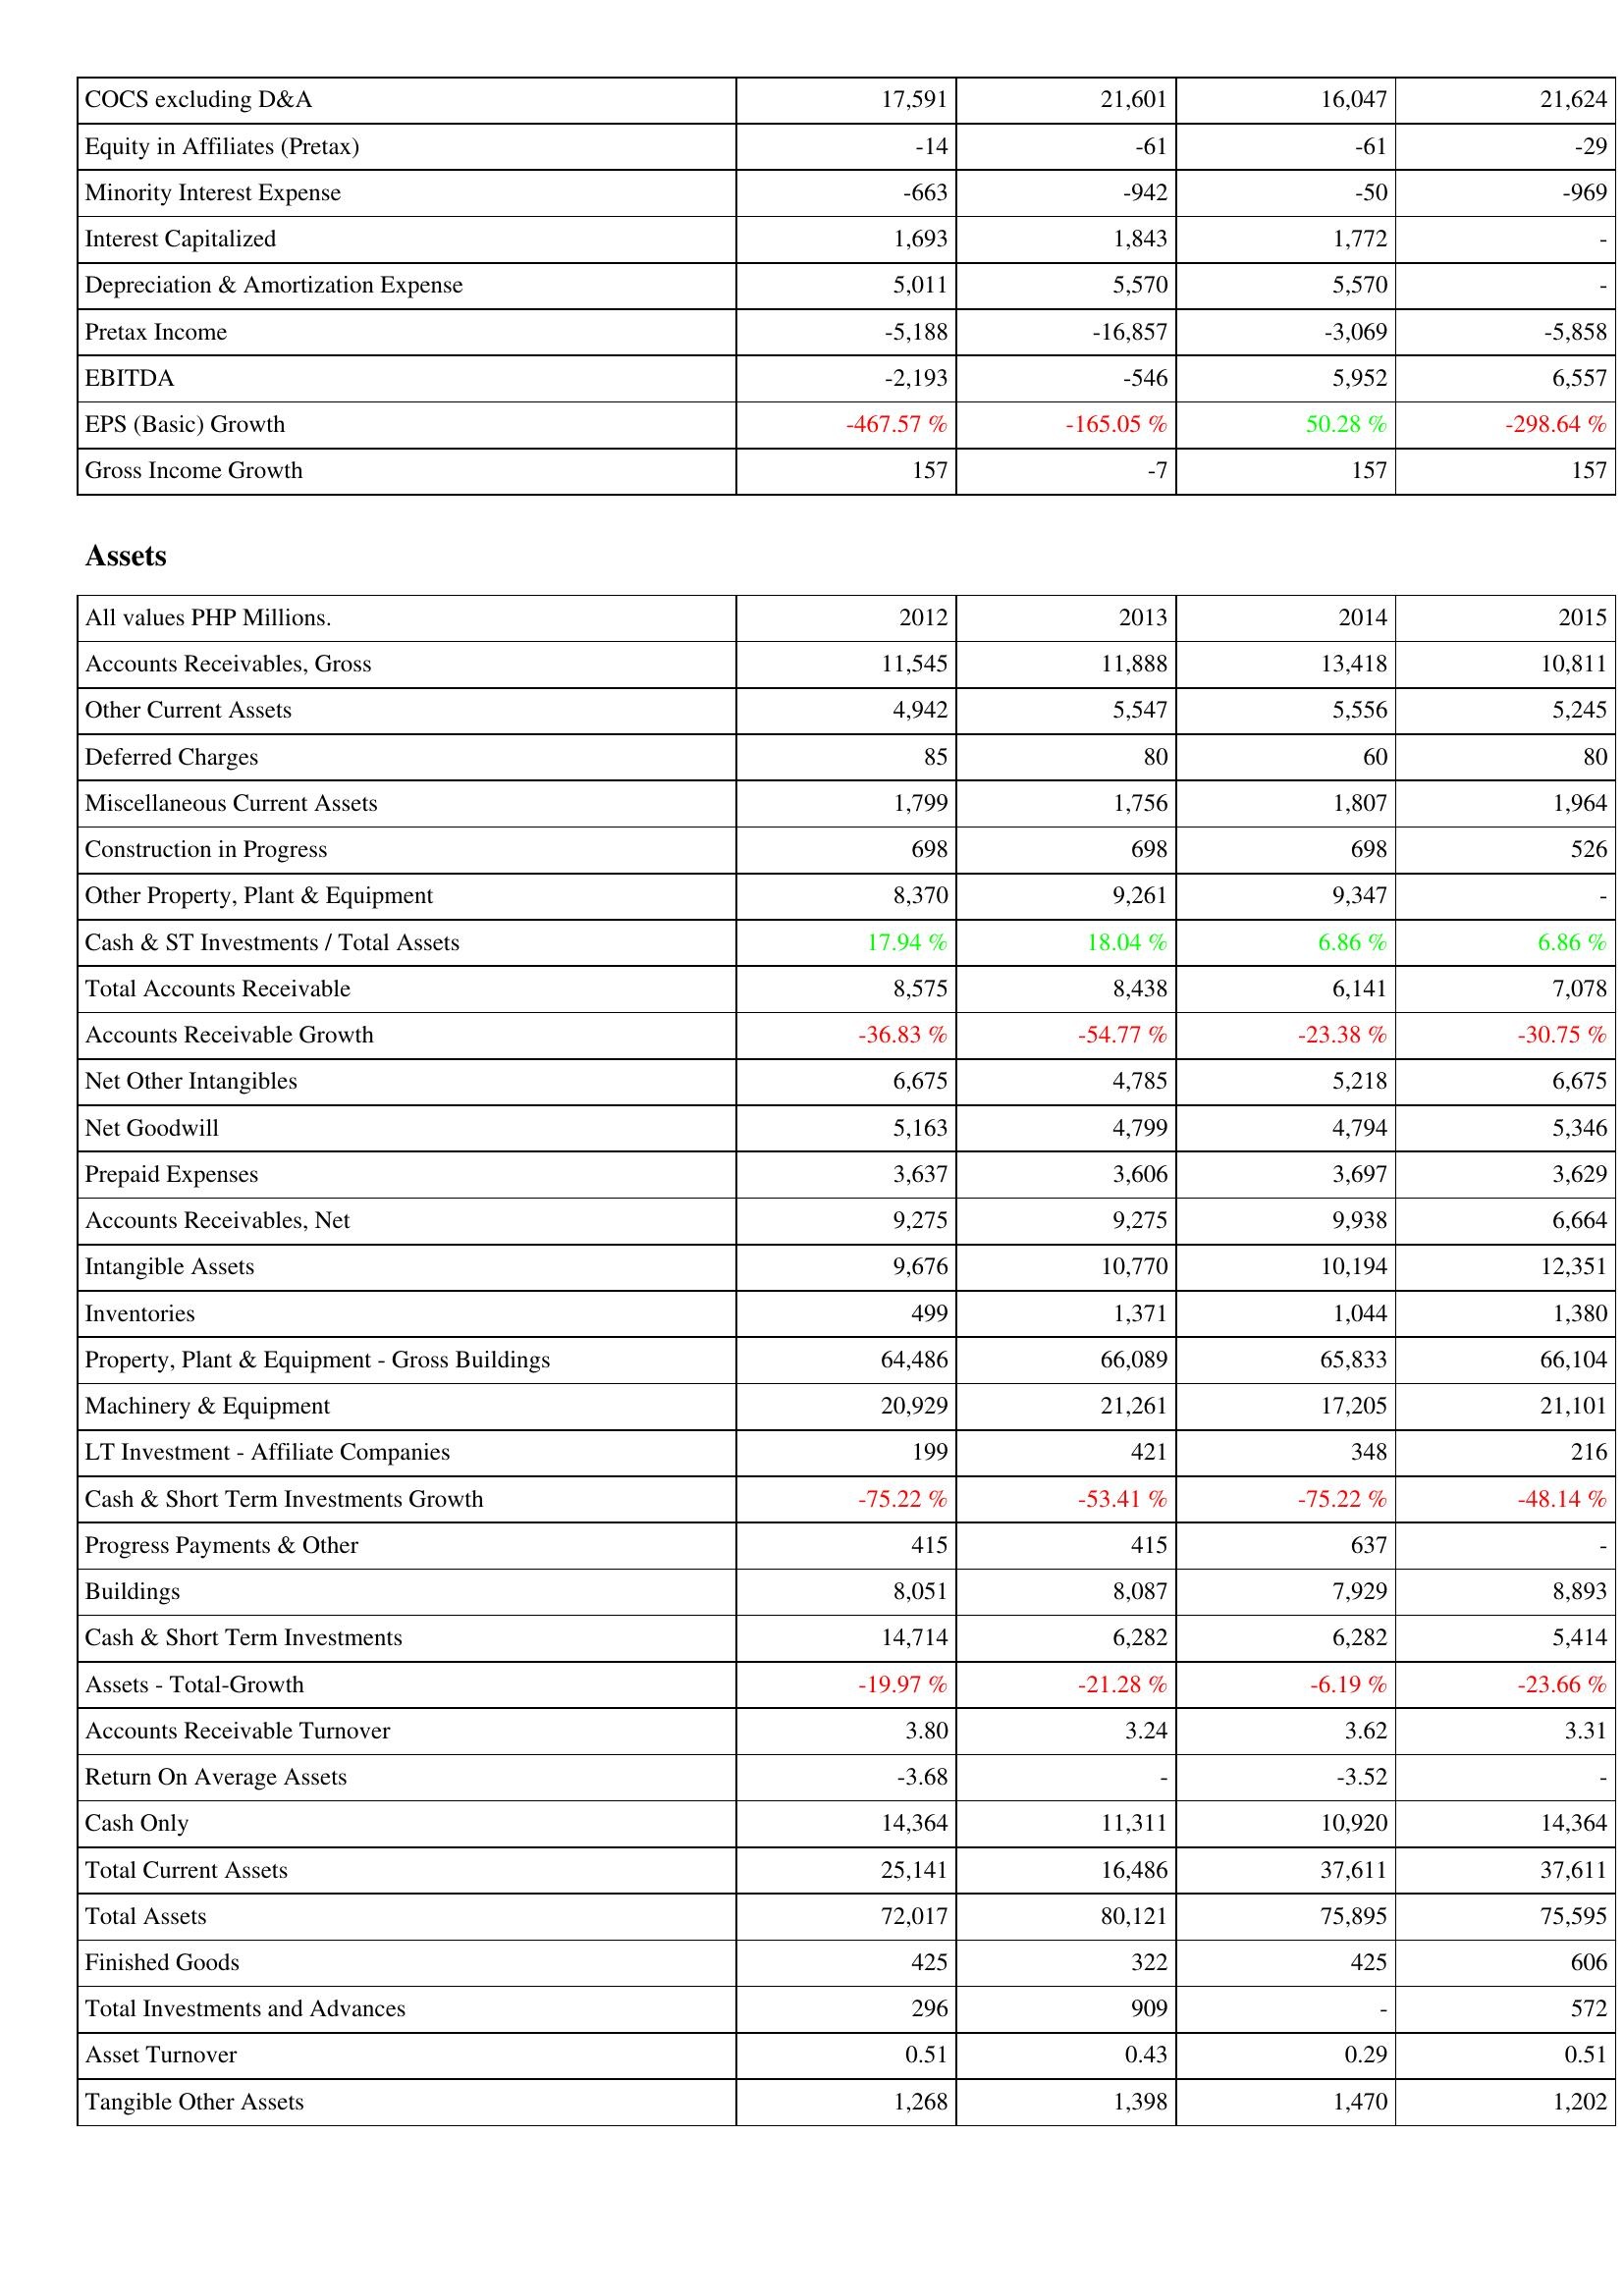
2012: Income Statement: COCS excluding D&A: 17,591
Equity in Affiliates (Pretax): -14
Minority Interest Expense: -663
Interest Capitalized: 1,693
Depreciation & Amortization Expense: 5,011
Pretax Income: -5,188
EBITDA: -2,193
EPS (Basic) Growth: -467.57 %
Gross Income Growth: 157
Assets: Accounts Receivables, Gross: 11,545
Other Current Assets: 4,942
Deferred Charges: 85
Miscellaneous Current Assets: 1,799
Construction in Progress: 698
Other Property, Plant & Equipment: 8,370
Cash & ST Investments / Total Assets: 17.94 %
Total Accounts Receivable: 8,575
Accounts Receivable Growth: -36.83 %
Net Other Intangibles: 6,675
Net Goodwill: 5,163
Prepaid Expenses: 3,637
Accounts Receivables, Net: 9,275
Intangible Assets: 9,676
Inventories: 499
Property, Plant & Equipment - Gross Buildings: 64,486
Machinery & Equipment: 20,929
LT Investment - Affiliate Companies: 199
Cash & Short Term Investments Growth: -75.22 %
Progress Payments & Other: 415
Buildings: 8,051
Cash & Short Term Investments: 14,714
Assets - Total-Growth: -19.97 %
Accounts Receivable Turnover: 3.80
Return On Average Assets: -3.68
Cash Only: 14,364
Total Current Assets: 25,141
Total Assets: 72,017
Finished Goods: 425
Total Investments and Advances: 296
Asset Turnover: 0.51
Tangible Other Assets: 1,268
2013: Income Statement: COCS excluding D&A: 21,601
Equity in Affiliates (Pretax): -61
Minority Interest Expense: -942
Interest Capitalized: 1,843
Depreciation & Amortization Expense: 5,570
Pretax Income: -16,857
EBITDA: -546
EPS (Basic) Growth: -165.05 %
Gross Income Growth: -7
Assets: Accounts Receivables, Gross: 11,888
Other Current Assets: 5,547
Deferred Charges: 80
Miscellaneous Current Assets: 1,756
Construction in Progress: 698
Other Property, Plant & Equipment: 9,261
Cash & ST Investments / Total Assets: 18.04 %
Total Accounts Receivable: 8,438
Accounts Receivable Growth: -54.77 %
Net Other Intangibles: 4,785
Net Goodwill: 4,799
Prepaid Expenses: 3,606
Accounts Receivables, Net: 9,275
Intangible Assets: 10,770
Inventories: 1,371
Property, Plant & Equipment - Gross Buildings: 66,089
Machinery & Equipment: 21,261
LT Investment - Affiliate Companies: 421
Cash & Short Term Investments Growth: -53.41 %
Progress Payments & Other: 415
Buildings: 8,087
Cash & Short Term Investments: 6,282
Assets - Total-Growth: -21.28 %
Accounts Receivable Turnover: 3.24
Return On Average Assets: -
Cash Only: 11,311
Total Current Assets: 16,486
Total Assets: 80,121
Finished Goods: 322
Total Investments and Advances: 909
Asset Turnover: 0.43
Tangible Other Assets: 1,398
2014: Income Statement: COCS excluding D&A: 16,047
Equity in Affiliates (Pretax): -61
Minority Interest Expense: -50
Interest Capitalized: 1,772
Depreciation & Amortization Expense: 5,570
Pretax Income: -3,069
EBITDA: 5,952
EPS (Basic) Growth: 50.28 %
Gross Income Growth: 157
Assets: Accounts Receivables, Gross: 13,418
Other Current Assets: 5,556
Deferred Charges: 60
Miscellaneous Current Assets: 1,807
Construction in Progress: 698
Other Property, Plant & Equipment: 9,347
Cash & ST Investments / Total Assets: 6.86 %
Total Accounts Receivable: 6,141
Accounts Receivable Growth: -23.38 %
Net Other Intangibles: 5,218
Net Goodwill: 4,794
Prepaid Expenses: 3,697
Accounts Receivables, Net: 9,938
Intangible Assets: 10,194
Inventories: 1,044
Property, Plant & Equipment - Gross Buildings: 65,833
Machinery & Equipment: 17,205
LT Investment - Affiliate Companies: 348
Cash & Short Term Investments Growth: -75.22 %
Progress Payments & Other: 637
Buildings: 7,929
Cash & Short Term Investments: 6,282
Assets - Total-Growth: -6.19 %
Accounts Receivable Turnover: 3.62
Return On Average Assets: -3.52
Cash Only: 10,920
Total Current Assets: 37,611
Total Assets: 75,895
Finished Goods: 425
Total Investments and Advances: -
Asset Turnover: 0.29
Tangible Other Assets: 1,470
2015: Income Statement: COCS excluding D&A: 21,624
Equity in Affiliates (Pretax): -29
Minority Interest Expense: -969
Interest Capitalized: -
Depreciation & Amortization Expense: -
Pretax Income: -5,858
EBITDA: 6,557
EPS (Basic) Growth: -298.64 %
Gross Income Growth: 157
Assets: Accounts Receivables, Gross: 10,811
Other Current Assets: 5,245
Deferred Charges: 80
Miscellaneous Current Assets: 1,964
Construction in Progress: 526
Other Property, Plant & Equipment: -
Cash & ST Investments / Total Assets: 6.86 %
Total Accounts Receivable: 7,078
Accounts Receivable Growth: -30.75 %
Net Other Intangibles: 6,675
Net Goodwill: 5,346
Prepaid Expenses: 3,629
Accounts Receivables, Net: 6,664
Intangible Assets: 12,351
Inventories: 1,380
Property, Plant & Equipment - Gross Buildings: 66,104
Machinery & Equipment: 21,101
LT Investment - Affiliate Companies: 216
Cash & Short Term Investments Growth: -48.14 %
Progress Payments & Other: -
Buildings: 8,893
Cash & Short Term Investments: 5,414
Assets - Total-Growth: -23.66 %
Accounts Receivable Turnover: 3.31
Return On Average Assets: -
Cash Only: 14,364
Total Current Assets: 37,611
Total Assets: 75,595
Finished Goods: 606
Total Investments and Advances: 572
Asset Turnover: 0.51
Tangible Other Assets: 1,202